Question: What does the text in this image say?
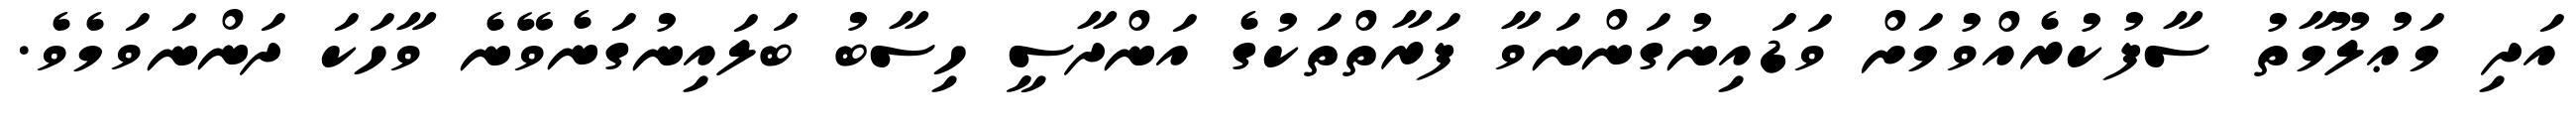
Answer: އަދި މަޢުލޫމާތު ސާފުކުރެއްވުމަށް ވަޑައިނުގަންނަވާ ފަރާތްތަކުގެ އަންދާސީ ހިސާބު ބަލައިނުގަނެވޭނެ ވާހަކަ ދަންނަވަމެވެ.